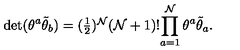
\det ( \theta ^ { a } \tilde { \theta } _ { b } ) = ( \textstyle { \frac { 1 } { 2 } } ) ^ { { \cal N } } ( { \cal N } + 1 ) ! \displaystyle { \prod _ { a = 1 } ^ { { \cal N } } \theta ^ { a } \tilde { \theta } _ { a } } .